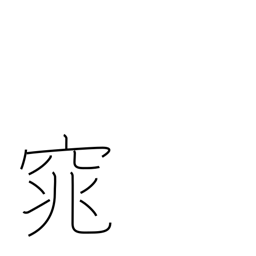
Meaning: quiet